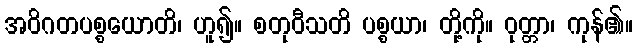
အဝိဂတပစ္စယောတိ၊ ဟူ၍။ စတုဝီသတိ ပစ္စယာ၊ တို့ကို။ ဝုတ္တာ၊ ကုန်၏။